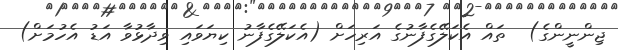
ޖިންނީންގެ)  ތައް އެކަލޭގެފާނުގެ އަރިހަށް (އެކަލޭގެފާނު ކިޔަވައި ވިދާޅުވާ އަޑު އެހުމަށް)